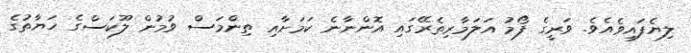
ލިޔެފައިވެއެވެ. ވަރީގެ ފޯމު އަލަމާރިތެރޭގައި އޮންނާނެ ކަމަށާއި ތިންމަސް ވުމުން ލޫކަސްގެ ހަޔާތުގެ